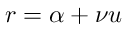
r = \alpha + \nu u